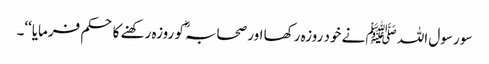
سو رسول اللہ ﷺ نے خود روزہ رکھا اور صحابہؓ کو روزہ رکھنے کا حکم فرمایا‘‘۔